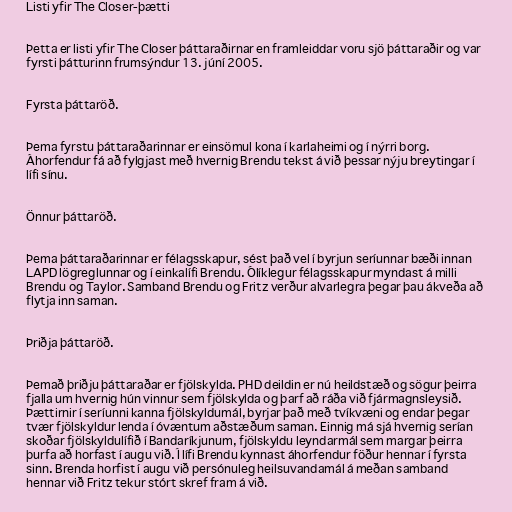
Listi yfir The Closer-þætti

Þetta er listi yfir The Closer þáttaraðirnar en framleiddar voru sjö þáttaraðir og var
fyrsti þátturinn frumsýndur 13. júní 2005.

Fyrsta þáttaröð.

Þema fyrstu þáttaraðarinnar er einsömul kona í karlaheimi og í nýrri borg.
Áhorfendur fá að fylgjast með hvernig Brendu tekst á við þessar nýju breytingar í
lífi sínu.

Önnur þáttaröð.

Þema þáttaraðarinnar er félagsskapur, sést það vel í byrjun seríunnar bæði innan
LAPD lögreglunnar og í einkalífi Brendu. Ólíklegur félagsskapur myndast á milli
Brendu og Taylor. Samband Brendu og Fritz verður alvarlegra þegar þau ákveða að
flytja inn saman.

Þriðja þáttaröð.

Þemað þriðju þáttaraðar er fjölskylda. PHD deildin er nú heildstæð og sögur þeirra
fjalla um hvernig hún vinnur sem fjölskylda og þarf að ráða við fjármagnsleysið.
Þættirnir í seríunni kanna fjölskyldumál, byrjar það með tvíkvæni og endar þegar
tvær fjölskyldur lenda í óvæntum aðstæðum saman. Einnig má sjá hvernig serían
skoðar fjölskyldulífið í Bandaríkjunum, fjölskyldu leyndarmál sem margar þeirra
þurfa að horfast í augu við. Í lífi Brendu kynnast áhorfendur föður hennar í fyrsta
sinn. Brenda horfist í augu við persónuleg heilsuvandamál á meðan samband
hennar við Fritz tekur stórt skref fram á við.